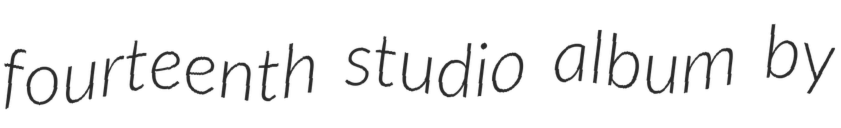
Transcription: fourteenth studio album by